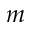
m